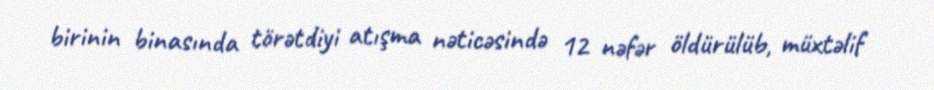
birinin binasında törətdiyi atışma nəticəsində 12 nəfər öldürülüb, müxtəlif